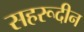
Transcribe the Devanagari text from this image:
सहरूदीन